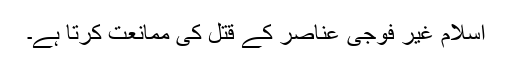
اسلام غیر فوجی عناصر کے قتل کی ممانعت کرتا ہے۔